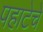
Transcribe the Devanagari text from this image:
पहाटेचे